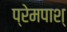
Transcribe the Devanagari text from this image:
प्रेमपाश्